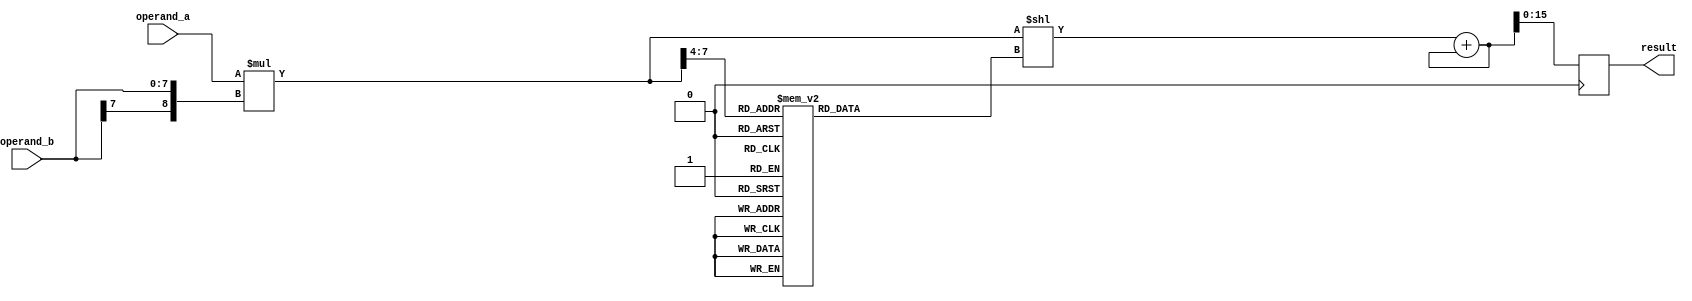
module booth_multiplier(
    input [7:0] operand_a,
    input [7:0] operand_b,
    output reg [15:0] result
);

reg [15:0] partial_product;
reg [3:0] shifter;
reg [8:0] product;
reg [16:0] accumulator;

// Partial Product Generation
always @(*) begin
    partial_product = operand_a * {operand_b[7], operand_b};
end

// Booth Encoding
always @(*) begin
    shifter = 4'b0000;
    case (partial_product[7:4])
        4'b0000: shifter = 4'b0000;
        4'b0001: shifter = 4'b1111;
        4'b0010: shifter = 4'b1110;
        4'b0011: shifter = 4'b1101;
        4'b0100: shifter = 4'b1100;
        4'b0101: shifter = 4'b1011;
        4'b0110: shifter = 4'b1010;
        4'b0111: shifter = 4'b1001;
        4'b1000: shifter = 4'b1000;
        4'b1001: shifter = 4'b1001;
        4'b1010: shifter = 4'b1010;
        4'b1011: shifter = 4'b1011;
        4'b1100: shifter = 4'b1100;
        4'b1101: shifter = 4'b1101;
        4'b1110: shifter = 4'b1110;
        4'b1111: shifter = 4'b1111;
    endcase
end

// Wallace Tree Adder
always @(*) begin
    product = partial_product << shifter;
    accumulator = product + accumulator;
end

// Final Adder
always @(posedge clk) begin
    result <= accumulator[15:0];
end

endmodule